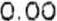
0.00